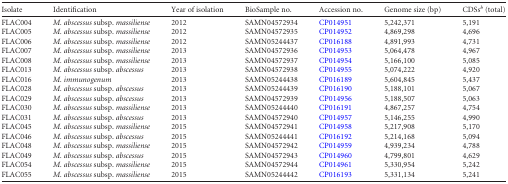
<table><thead><tr><td><b>Isolate</b></td><td><b>Identification</b></td><td><b>Year of isolation</b></td><td><b>BioSample no.</b></td><td><b>Accession no.</b></td><td><b>Genome size (bp)</b></td><td><b>CDSs<sup><i>b</i></sup> (total)</b></td></tr></thead><tbody><tr><td>FLAC004</td><td><i>M. abscessus</i> subsp. <i>massiliense</i></td><td>2012</td><td>SAMN04572934</td><td>CP014951</td><td>5,242,371</td><td>5,191</td></tr><tr><td>FLAC005</td><td><i>M. abscessus</i> subsp. <i>massiliense</i></td><td>2012</td><td>SAMN04572935</td><td>CP014952</td><td>4,869,298</td><td>4,696</td></tr><tr><td>FLAC006</td><td><i>M. abscessus</i> subsp. <i>massiliense</i></td><td>2012</td><td>SAMN05244437</td><td>CP016188</td><td>4,891,993</td><td>4,731</td></tr><tr><td>FLAC007</td><td><i>M. abscessus</i> subsp. <i>massiliense</i></td><td>2013</td><td>SAMN04572936</td><td>CP014953</td><td>5,064,478</td><td>4,967</td></tr><tr><td>FLAC008</td><td><i>M. abscessus</i> subsp. <i>massiliense</i></td><td>2013</td><td>SAMN04572937</td><td>CP014954</td><td>5,166,100</td><td>5,085</td></tr><tr><td>FLAC013</td><td><i>M. abscessus</i> subsp. <i>abscessus</i></td><td>2013</td><td>SAMN04572938</td><td>CP014955</td><td>5,074,222</td><td>4,920</td></tr><tr><td>FLAC016</td><td><i>M. immunogenum</i></td><td>2013</td><td>SAMN05244438</td><td>CP016189</td><td>5,604,845</td><td>5,437</td></tr><tr><td>FLAC028</td><td><i>M. abscessus</i> subsp. <i>abscessus</i></td><td>2013</td><td>SAMN05244439</td><td>CP016190</td><td>5,188,101</td><td>5,067</td></tr><tr><td>FLAC029</td><td><i>M. abscessus</i> subsp. <i>abscessus</i></td><td>2013</td><td>SAMN04572939</td><td>CP014956</td><td>5,188,507</td><td>5,063</td></tr><tr><td>FLAC030</td><td><i>M. abscessus</i> subsp. <i>massiliense</i></td><td>2013</td><td>SAMN05244440</td><td>CP016191</td><td>4,867,257</td><td>4,754</td></tr><tr><td>FLAC031</td><td><i>M. abscessus</i> subsp. <i>abscessus</i></td><td>2013</td><td>SAMN04572940</td><td>CP014957</td><td>5,146,255</td><td>4,990</td></tr><tr><td>FLAC045</td><td><i>M. abscessus</i> subsp. <i>massiliense</i></td><td>2015</td><td>SAMN04572941</td><td>CP014958</td><td>5,217,908</td><td>5,170</td></tr><tr><td>FLAC046</td><td><i>M. abscessus</i> subsp. <i>abscessus</i></td><td>2015</td><td>SAMN05244441</td><td>CP016192</td><td>5,214,168</td><td>5,094</td></tr><tr><td>FLAC048</td><td><i>M. abscessus</i> subsp. <i>massiliense</i></td><td>2015</td><td>SAMN04572942</td><td>CP014959</td><td>4,939,234</td><td>4,788</td></tr><tr><td>FLAC049</td><td><i>M. abscessus</i> subsp. <i>abscessus</i></td><td>2015</td><td>SAMN04572943</td><td>CP014960</td><td>4,799,801</td><td>4,629</td></tr><tr><td>FLAC054</td><td><i>M. abscessus</i> subsp. <i>massiliense</i></td><td>2015</td><td>SAMN04572944</td><td>CP014961</td><td>5,330,954</td><td>5,242</td></tr><tr><td>FLAC055</td><td><i>M. abscessus</i> subsp. <i>massiliense</i></td><td>2015</td><td>SAMN05244442</td><td>CP016193</td><td>5,331,134</td><td>5,241</td></tr></tbody></table>